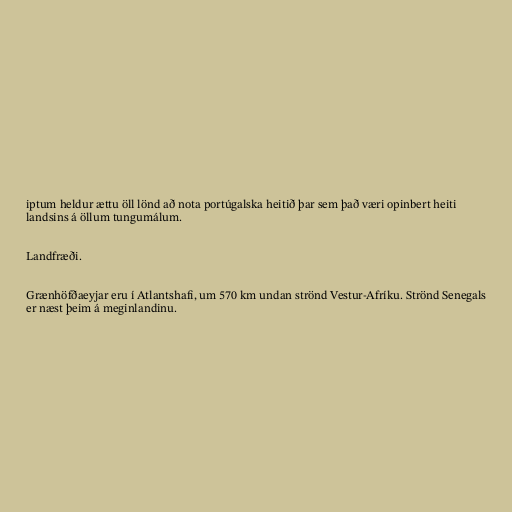
iptum heldur ættu öll lönd að nota portúgalska heitið þar sem það væri opinbert heiti
landsins á öllum tungumálum.

Landfræði.

Grænhöfðaeyjar eru í Atlantshafi, um 570 km undan strönd Vestur-Afríku. Strönd Senegals
er næst þeim á meginlandinu.